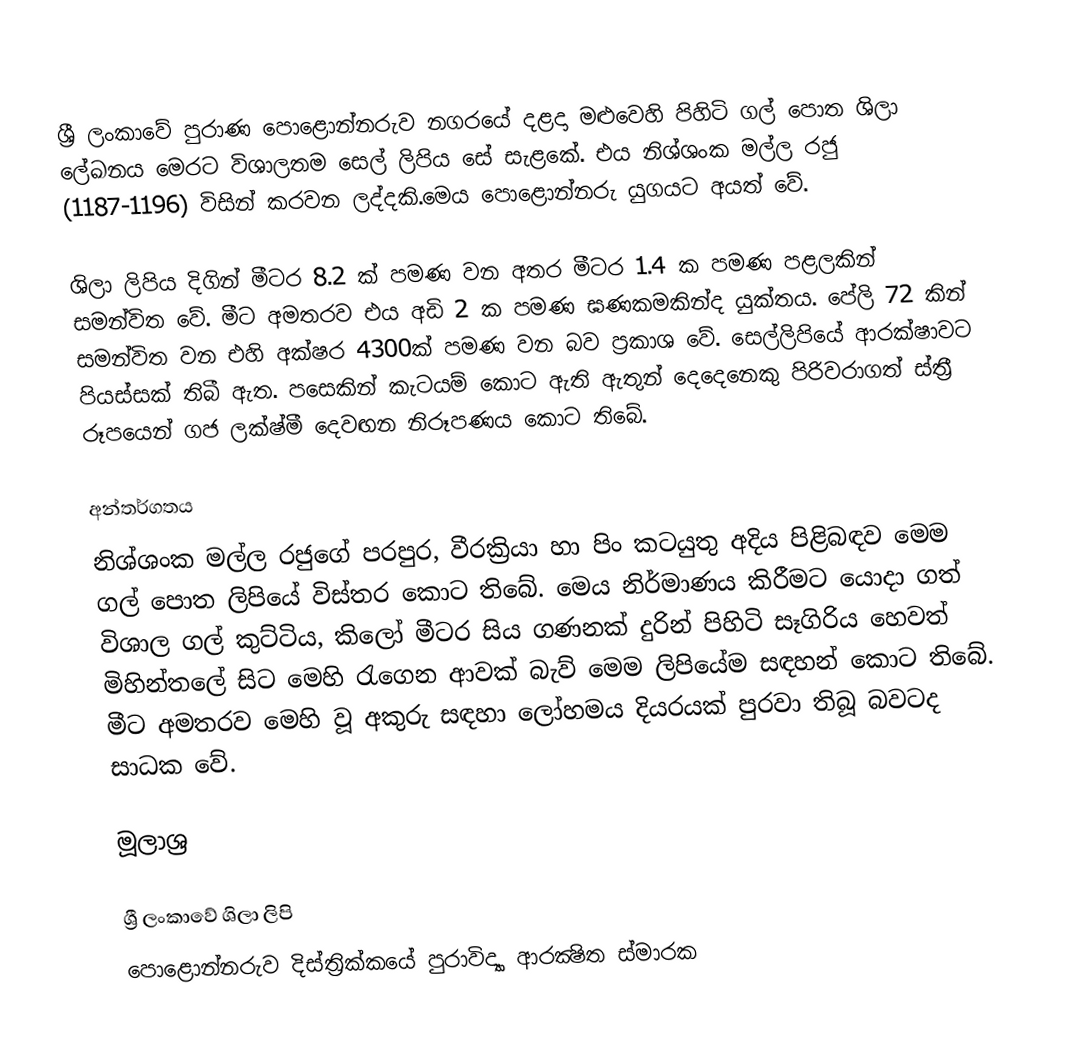
ශ්‍රී ලංකාවේ පුරාණ පොළොන්නරුව නගරයේ දළදා මළුවෙහි පිහිටි ගල් පොත ශිලා ලේඛනය මෙරට විශාලතම සෙල් ලිපිය සේ සැළකේ. එය නිශ්ශංක මල්ල රජු (1187-1196) විසින් කරවන ලද්දකි.මෙය පොළොන්නරු යුගයට අයත් වේ.

ශිලා ලිපිය දිගින් මීටර 8.2 ක් පමණ වන අතර මීටර 1.4 ක පමණ පළලකින් සමන්විත වේ. මීට අමතරව එය අඩි 2 ක පමණ ඝණකමකින්ද යුක්තය. පේලි 72 කින් සමන්විත වන එහි අක්ෂර 4300ක් පමණ වන බව ප්‍රකාශ වේ. සෙල්ලිපියේ ආරක්ෂාවට පියස්සක් තිබී ඇත. පසෙකින් කැටයම් කොට ඇති ඇතුන් දෙදෙනෙකු පිරිවරාගත් ස්ත්‍රී රූපයෙන් ගජ ලක්ෂ්මී දෙවඟන නිරූපණය කොට තිබේ.

අන්තර්ගතය
නිශ්ශංක මල්ල රජුගේ පරපුර, වීරක්‍රියා හා පිං කටයුතු අදිය පිළිබඳව මෙම ගල් පොත ලිපියේ විස්තර කොට තිබේ. මෙය නිර්මාණය කිරීමට යොදා ගත් විශාල ගල් කුට්ටිය, කිලෝ මීටර සිය ගණනක් දුරින් පිහිටි සෑගිරිය හෙවත් මිහින්තලේ සිට මෙහි රැගෙන ආවක් බැව් මෙම ලිපියේම සඳහන් කොට තිබේ. මීට අමතරව මෙහි වූ අකුරු සඳහා ලෝහමය දියරයක් පුරවා තිබූ බවටද සාධක වේ.

මූලාශ්‍ර

ශ්‍රී ලංකාවේ ශිලා ලිපි
පොළොන්නරුව දිස්ත්‍රික්කයේ පුරාවිද්‍යා ආරක්‍ෂිත ස්මාරක‎